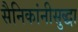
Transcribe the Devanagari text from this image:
सैनिकांनीसुद्धा